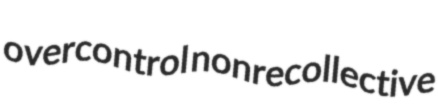
overcontrol nonrecollective